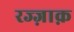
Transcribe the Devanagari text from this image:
रज्ज़ाक़